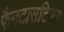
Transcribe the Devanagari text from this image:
फैनटासटिका